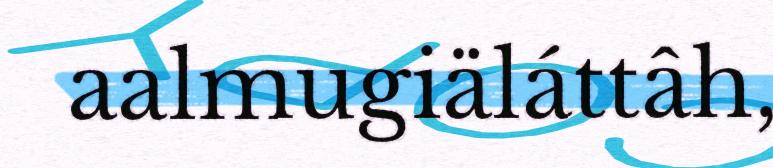
aalmugiäláttâh,